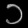
Digit: ၁